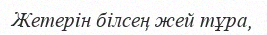
Жетерін білсең жей тұра,